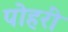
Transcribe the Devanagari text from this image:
पोहरी